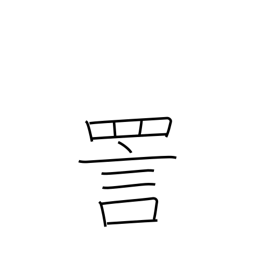
Meaning: ridicule